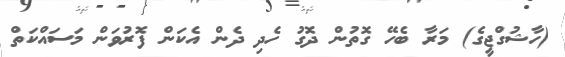
(ހާޝުގްޖީގެ) މަރާ ބެހޭ ގޮތުން ދޮގު ހެދި ދެން އެކަން ފޮރުވަން މަސައްކަތް